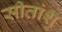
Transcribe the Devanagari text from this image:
सीतांशु